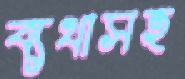
ব্যথাসহ